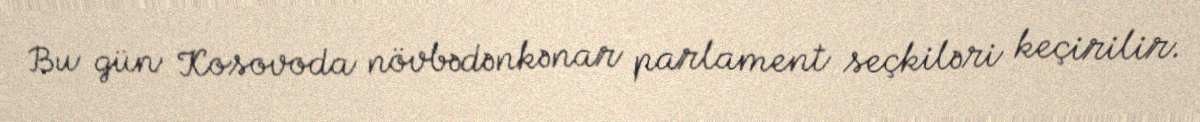
Bu gün Kosovoda növbədənkənar parlament seçkiləri keçirilir.